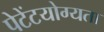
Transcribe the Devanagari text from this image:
पेटेंटयोग्यता